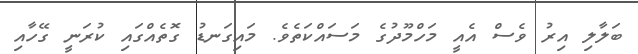
ބަލާލި އިރު ވެސް އެއީ މަހްމޫދުގެ މަސައްކަތެވެ. މައިގަނޑު ގޮތެއްގައި ކުރަނީ ގޭހާއި